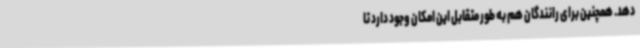
دهد. همچنین برای رانندگان هم به طور متقابل این امکان وجود دارد تا